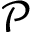
\mathcal { P }